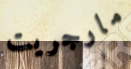
مارجريت